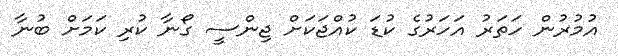
އުމުރުން ހަތަރު އަހަރުގެ ކުޑަ ކުއްޖަކަށް ޖިންސީ ގޯނާ ކުރި ކަމަށް ބުނާ